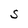
Character: S